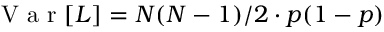
\mathrm { ~ V ~ a ~ r ~ } [ L ] = N ( N - 1 ) / 2 \cdot p ( 1 - p )